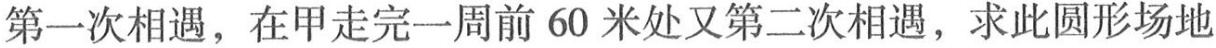
第一次相遇，在甲走完一周前60米处又第二次相遇，求此圆形场地